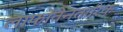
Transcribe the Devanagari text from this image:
लाफोंतेनतारिक